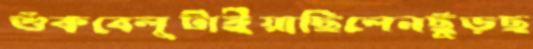
শুঁকবেলুটাইয়াছিলেনছুঁড়ছ